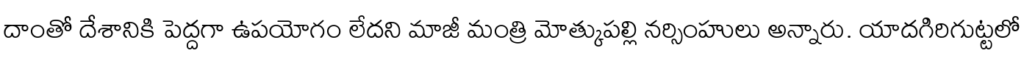
దాంతో దేశానికి పెద్దగా ఉపయోగం లేదని మాజీ మంత్రి మోత్కుపల్లి నర్సింహులు అన్నారు. యాదగిరిగుట్టలో